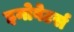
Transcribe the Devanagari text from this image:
इनोवेटर्स